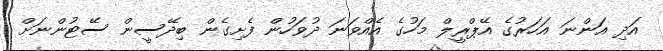
އަދި އަންނަ އަހަރުގެ އޭޕްރީލް މަހުގެ އެއްވަނަ ދުވަހުން ފެށިގެން ބިދޭސީން ސޭޓުންނަށް